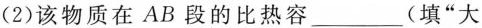
（2）该物质在AB段的比热容___（填”大